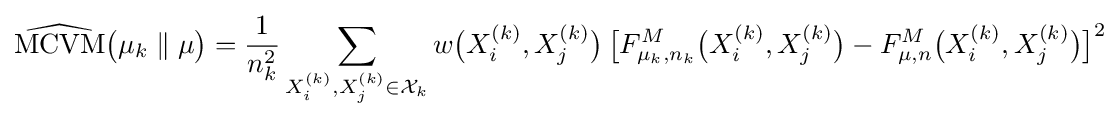
{\widehat {\mathrm {MCVM} }}{\bigl (}\mu _{k}\parallel \mu {\bigr )}={\frac {1}{n_{k}^{2}}}\sum _{X_{i}^{(k)},X_{j}^{(k)}\in {\mathcal {X}}_{k}}w{\bigl (}X_{i}^{(k)},X_{j}^{(k)}{\bigr )}\,{\bigl [}F_{\mu _{k},n_{k}}^{M}{\bigl (}X_{i}^{(k)},X_{j}^{(k)}{\bigr )}-F_{\mu ,n}^{M}{\bigl (}X_{i}^{(k)},X_{j}^{(k)}{\bigr )}{\bigr ]}^{2}